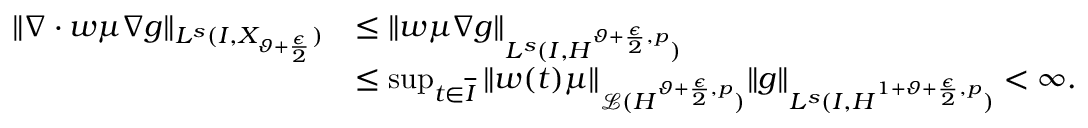
\begin{array} { r l } { \lVert \nabla \cdot w \mu \nabla g \rVert _ { L ^ { s } ( I , X _ { \vartheta + \frac { \epsilon } { 2 } } ) } } & { \leq \lVert w \mu \nabla g \rVert _ { L ^ { s } ( I , H ^ { \vartheta + \frac { \epsilon } { 2 } , p } ) } } \\ & { \leq \operatorname* { s u p } _ { t \in \overline { I } } \, \lVert w ( t ) \mu \rVert _ { \mathcal { L } ( H ^ { \vartheta + \frac { \epsilon } { 2 } , p } ) } \lVert g \rVert _ { L ^ { s } ( I , H ^ { 1 + \vartheta + \frac { \epsilon } { 2 } , p } ) } < \infty . } \end{array}